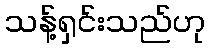
သန့်ရှင်းသည်ဟု